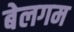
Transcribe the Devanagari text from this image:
बेलगम